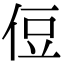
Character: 侸